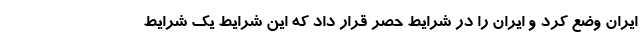
ایران وضع کرد و ایران را در شرایط حصر قرار داد که این شرایط یک شرایط